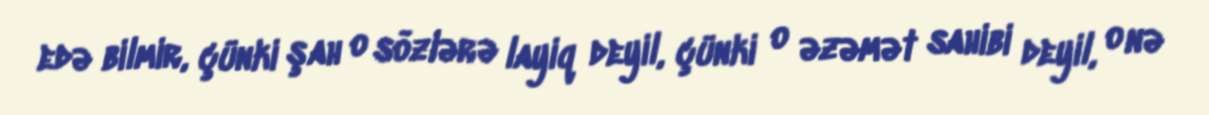
edə bilmir, çünki şah o sözlərə layiq deyil, çünki o əzəmət sahibi deyil, o nə